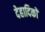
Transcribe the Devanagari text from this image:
देहादिकों